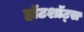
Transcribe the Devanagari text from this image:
हॉटशॉट्स